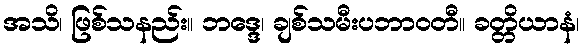
အသိ၊ ဖြစ်သနည်း။ ဘဒ္ဒေ၊ ချစ်သမီးပဘာဝတီ။ ခတ္တိယာနံ၊